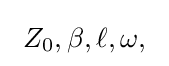
\ Z_{0},\beta ,\ell ,\omega ,\